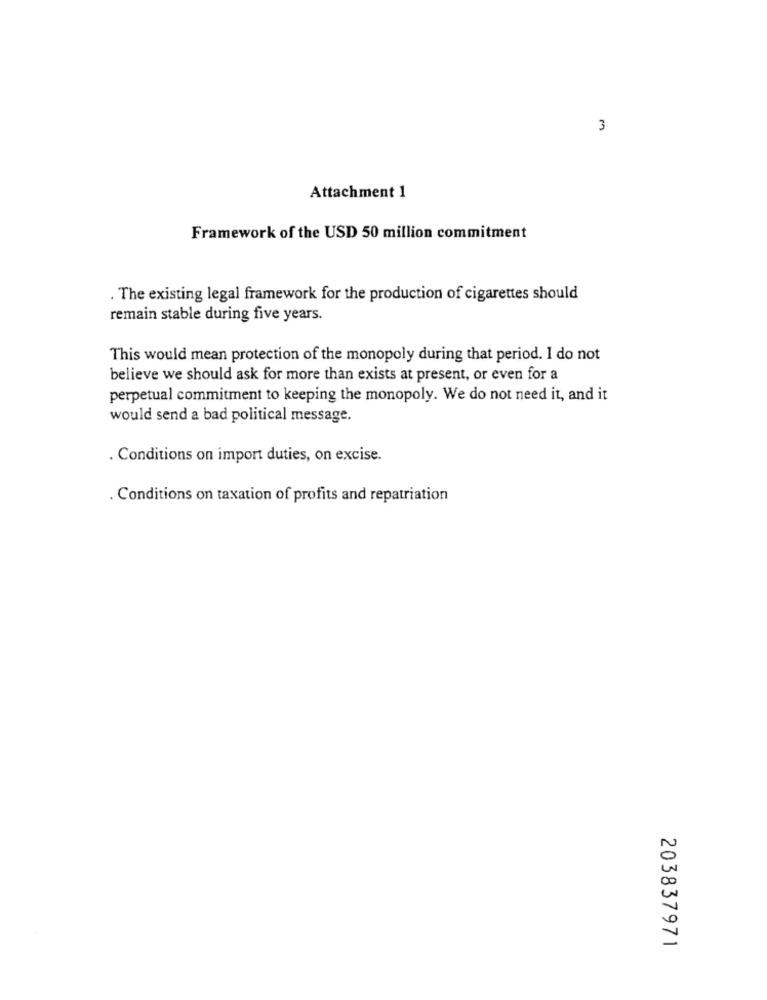
3
Attachment 1
Framework of the USD 50 million commitment
. The existing legal framework for the production of cigarettes should
remain stable during five years.
This would mean protection of the monopoly during that period. I do not
believe we should ask for more than exists at present, or even for a
perpetual commitment to keeping the monopoly. We do not need it, and it
would send a bad political message.
. Conditions on import duties, on excise.
. Conditions on taxation of profits and repatriation
203837971